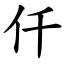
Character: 仟